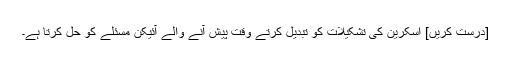
[درست کریں] اسکرین کی تشکیلات کو تبدیل کرتے وقت پیش آنے والے آئیکن مسئلے کو حل کرتا ہے۔